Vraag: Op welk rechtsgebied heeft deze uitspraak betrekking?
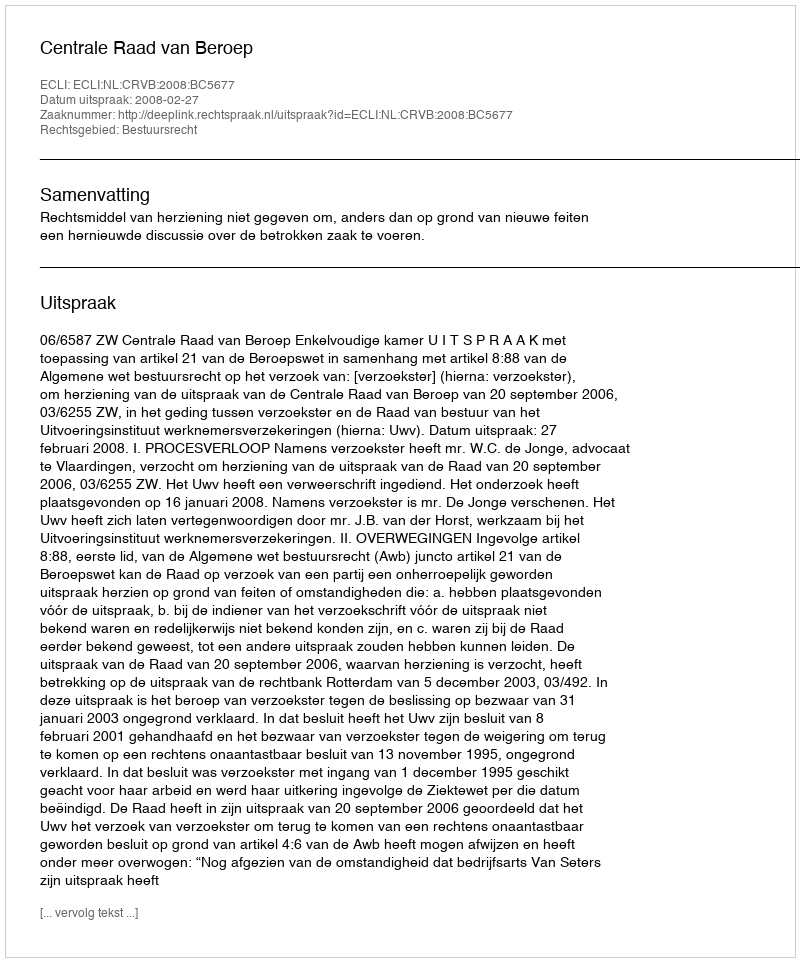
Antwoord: Bestuursrecht